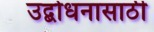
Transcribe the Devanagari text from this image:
उद्बोधनासाठी